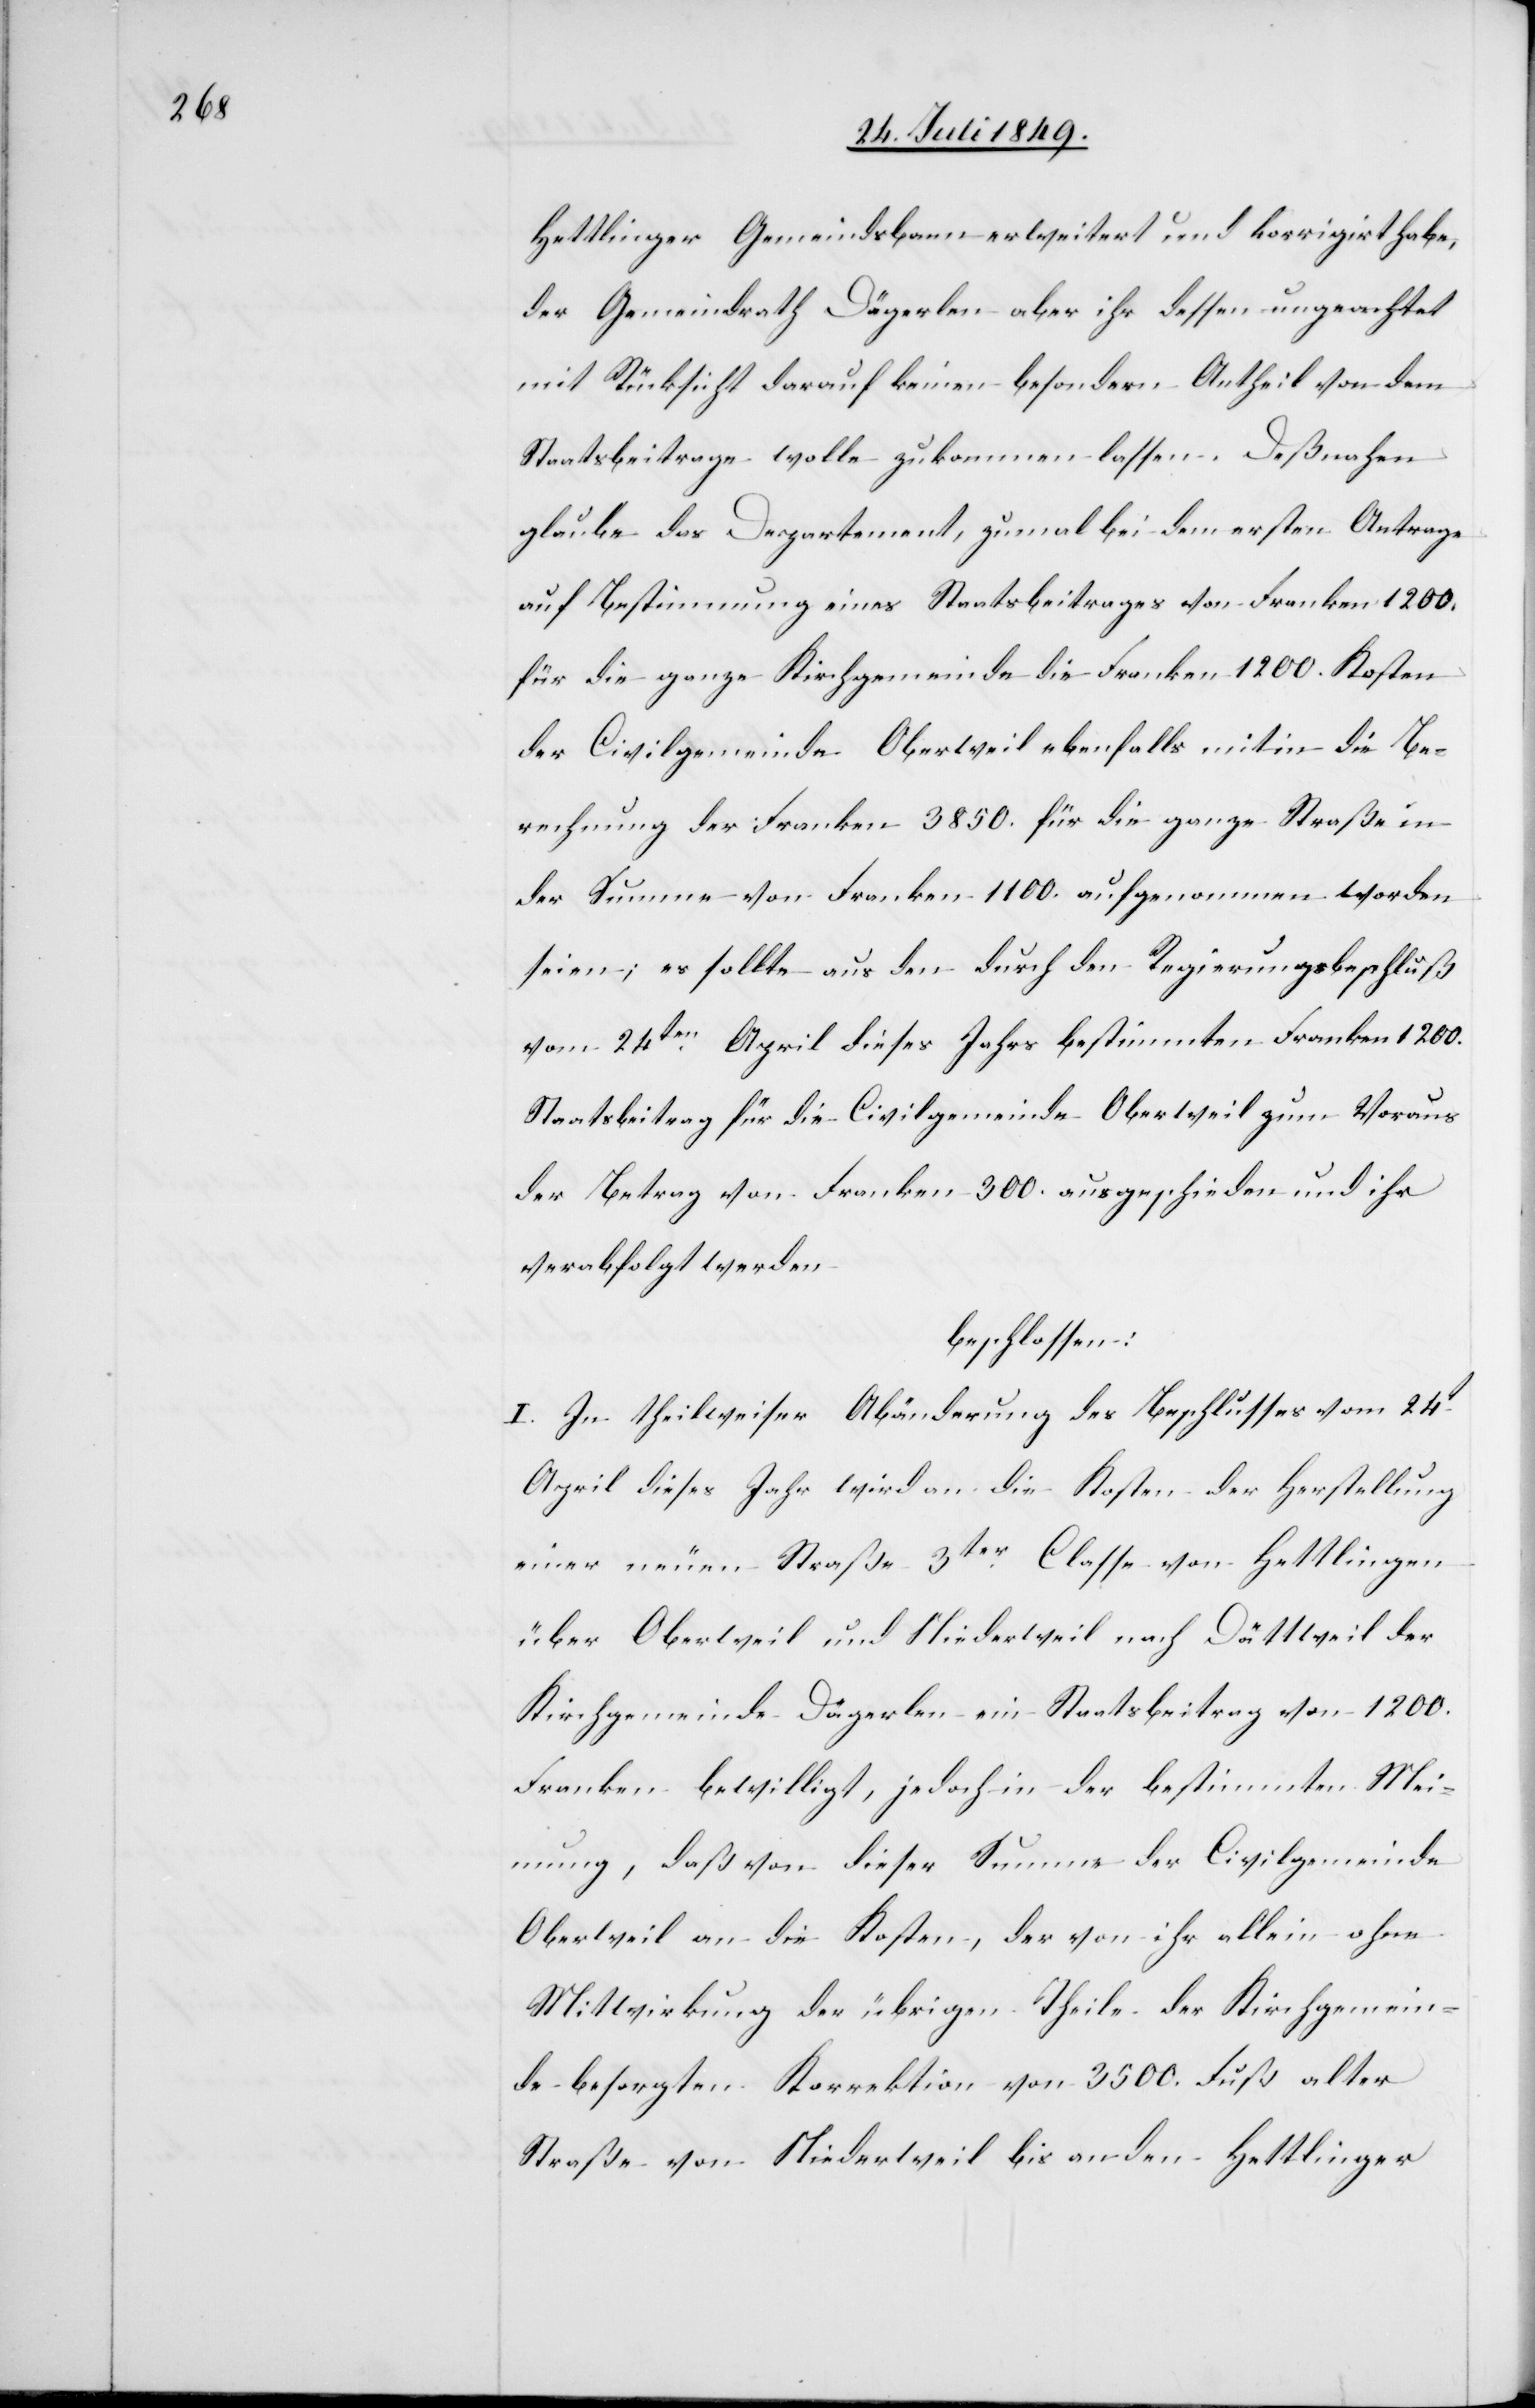
Hettlinger Gemeindsbann erweitert und korrigirt habe,
der Gemeindrath Dägerlen aber ihr dessen ungeachtet
mit Rücksicht darauf keinen besondern Antheil von dem
Staatsbeitrage wolle zukommen lassen. Deßnahen
glaube das Departement, zumal bei dem ersten Antrage
auf Bestimmung eines Staatsbeitrages von Franken 1200.
für die ganze Kirchgemeinde die Franken 1200. Kosten
der Civilgemeinde Oberweil ebenfalls mit in die Be¬
rechnung der Franken 3850. für die ganze Straße in
der Summe von Franken 1100. aufgenommen worden
seien; es sollte aus den durch den Regierungsbeschluß
vom 24ten April dieses Jahrs bestimmten Franken 1200.
Staatsbeitrag für die Civilgemeinde Oberweil zum Voraus
der Betrag von Franken 300. ausgeschieden und ihr
verabfolgt werden
beschlossen:
I. In theilweiser Abänderung des Beschlusses vom 24t
April dieses Jahr wird an die Kosten der Herstellung
einer neuen Straße 3ter Classe von Hettlingen
über Oberweil und Niederweil nach Dättweil der
Kirchgemeinde Dägerlen ein Staatsbeitrag von 1200.
Franken bewilligt, jedoch in der bestimmten Mei¬
nung, daß von dieser Summe der Civilgemeinde
Oberweil an die Kosten, der von ihr allein ohne
Mitwirkung der übrigen Theile der Kirchgemein¬
de besorgten Korrektion von 3500. Fuß alten
Straße von Niederweil bis an den Hettlinger